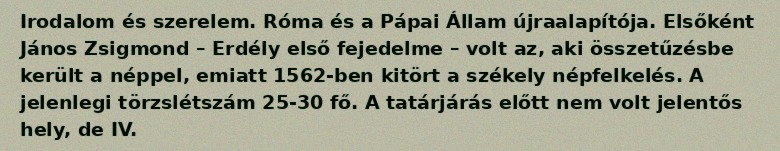
Irodalom és szerelem. Róma és a Pápai Állam újraalapítója. Elsőként János Zsigmond – Erdély első fejedelme – volt az, aki összetűzésbe került a néppel, emiatt 1562-ben kitört a székely népfelkelés. A jelenlegi törzslétszám 25-30 fő. A tatárjárás előtt nem volt jelentős hely, de IV.